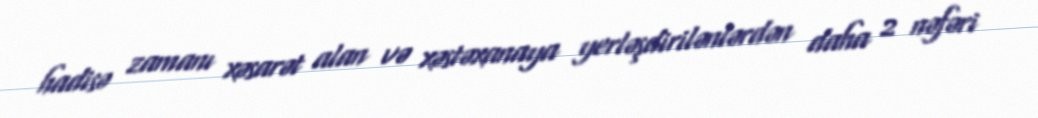
hadisə zamanı xəsarət alan və xəstəxanaya yerləşdirilənlərdən daha 2 nəfəri